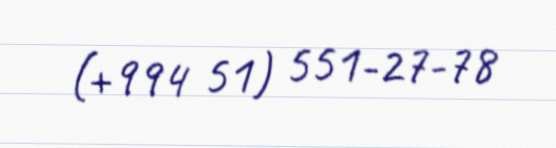
(+994 51) 551-27-78